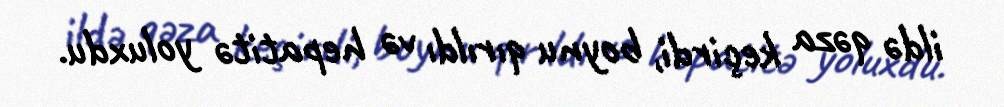
ildə qəza keçirdi, boynu qırıldı və hepatitə yoluxdu.